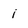
Character: i